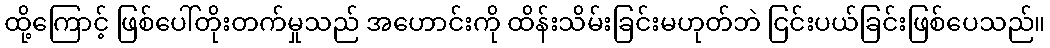
ထို့ကြောင့် ဖြစ်ပေါ်တိုးတက်မှုသည် အဟောင်းကို ထိန်းသိမ်းခြင်းမဟုတ်ဘဲ ငြင်းပယ်ခြင်းဖြစ်ပေသည်။